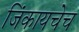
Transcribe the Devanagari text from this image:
जिंकायचेच